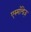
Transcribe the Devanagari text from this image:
एस्मॉन्डेज़